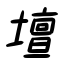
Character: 壇